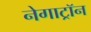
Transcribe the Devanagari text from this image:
नेगाट्रॉन